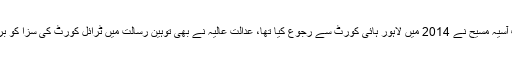
سزا کے خلاف آسیہ مسیح نے 2014 میں لاہور ہائی کورٹ سے رجوع کیا تھا، عدالت عالیہ نے بھی توہین رسالت میں ٹرائل کورٹ کی سزا کو برقرار رکھا تھا۔